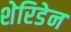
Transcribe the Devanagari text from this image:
शेरिडेन